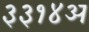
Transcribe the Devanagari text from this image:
३३१४अ